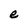
Character: e